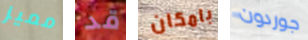
مميز قد بامكان جوردون